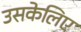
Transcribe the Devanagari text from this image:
उसकेलिए